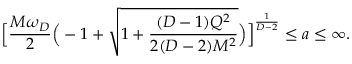
\Big [ { \frac { M \omega _ { D } } { 2 } } \Big ( - 1 + { \sqrt { 1 + { \frac { ( D - 1 ) Q ^ { 2 } } { 2 ( D - 2 ) M ^ { 2 } } } } } \Big ) \Big ] ^ { \frac { 1 } { D - 2 } } \le a \le \infty .